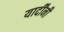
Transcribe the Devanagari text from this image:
यार्दींनी